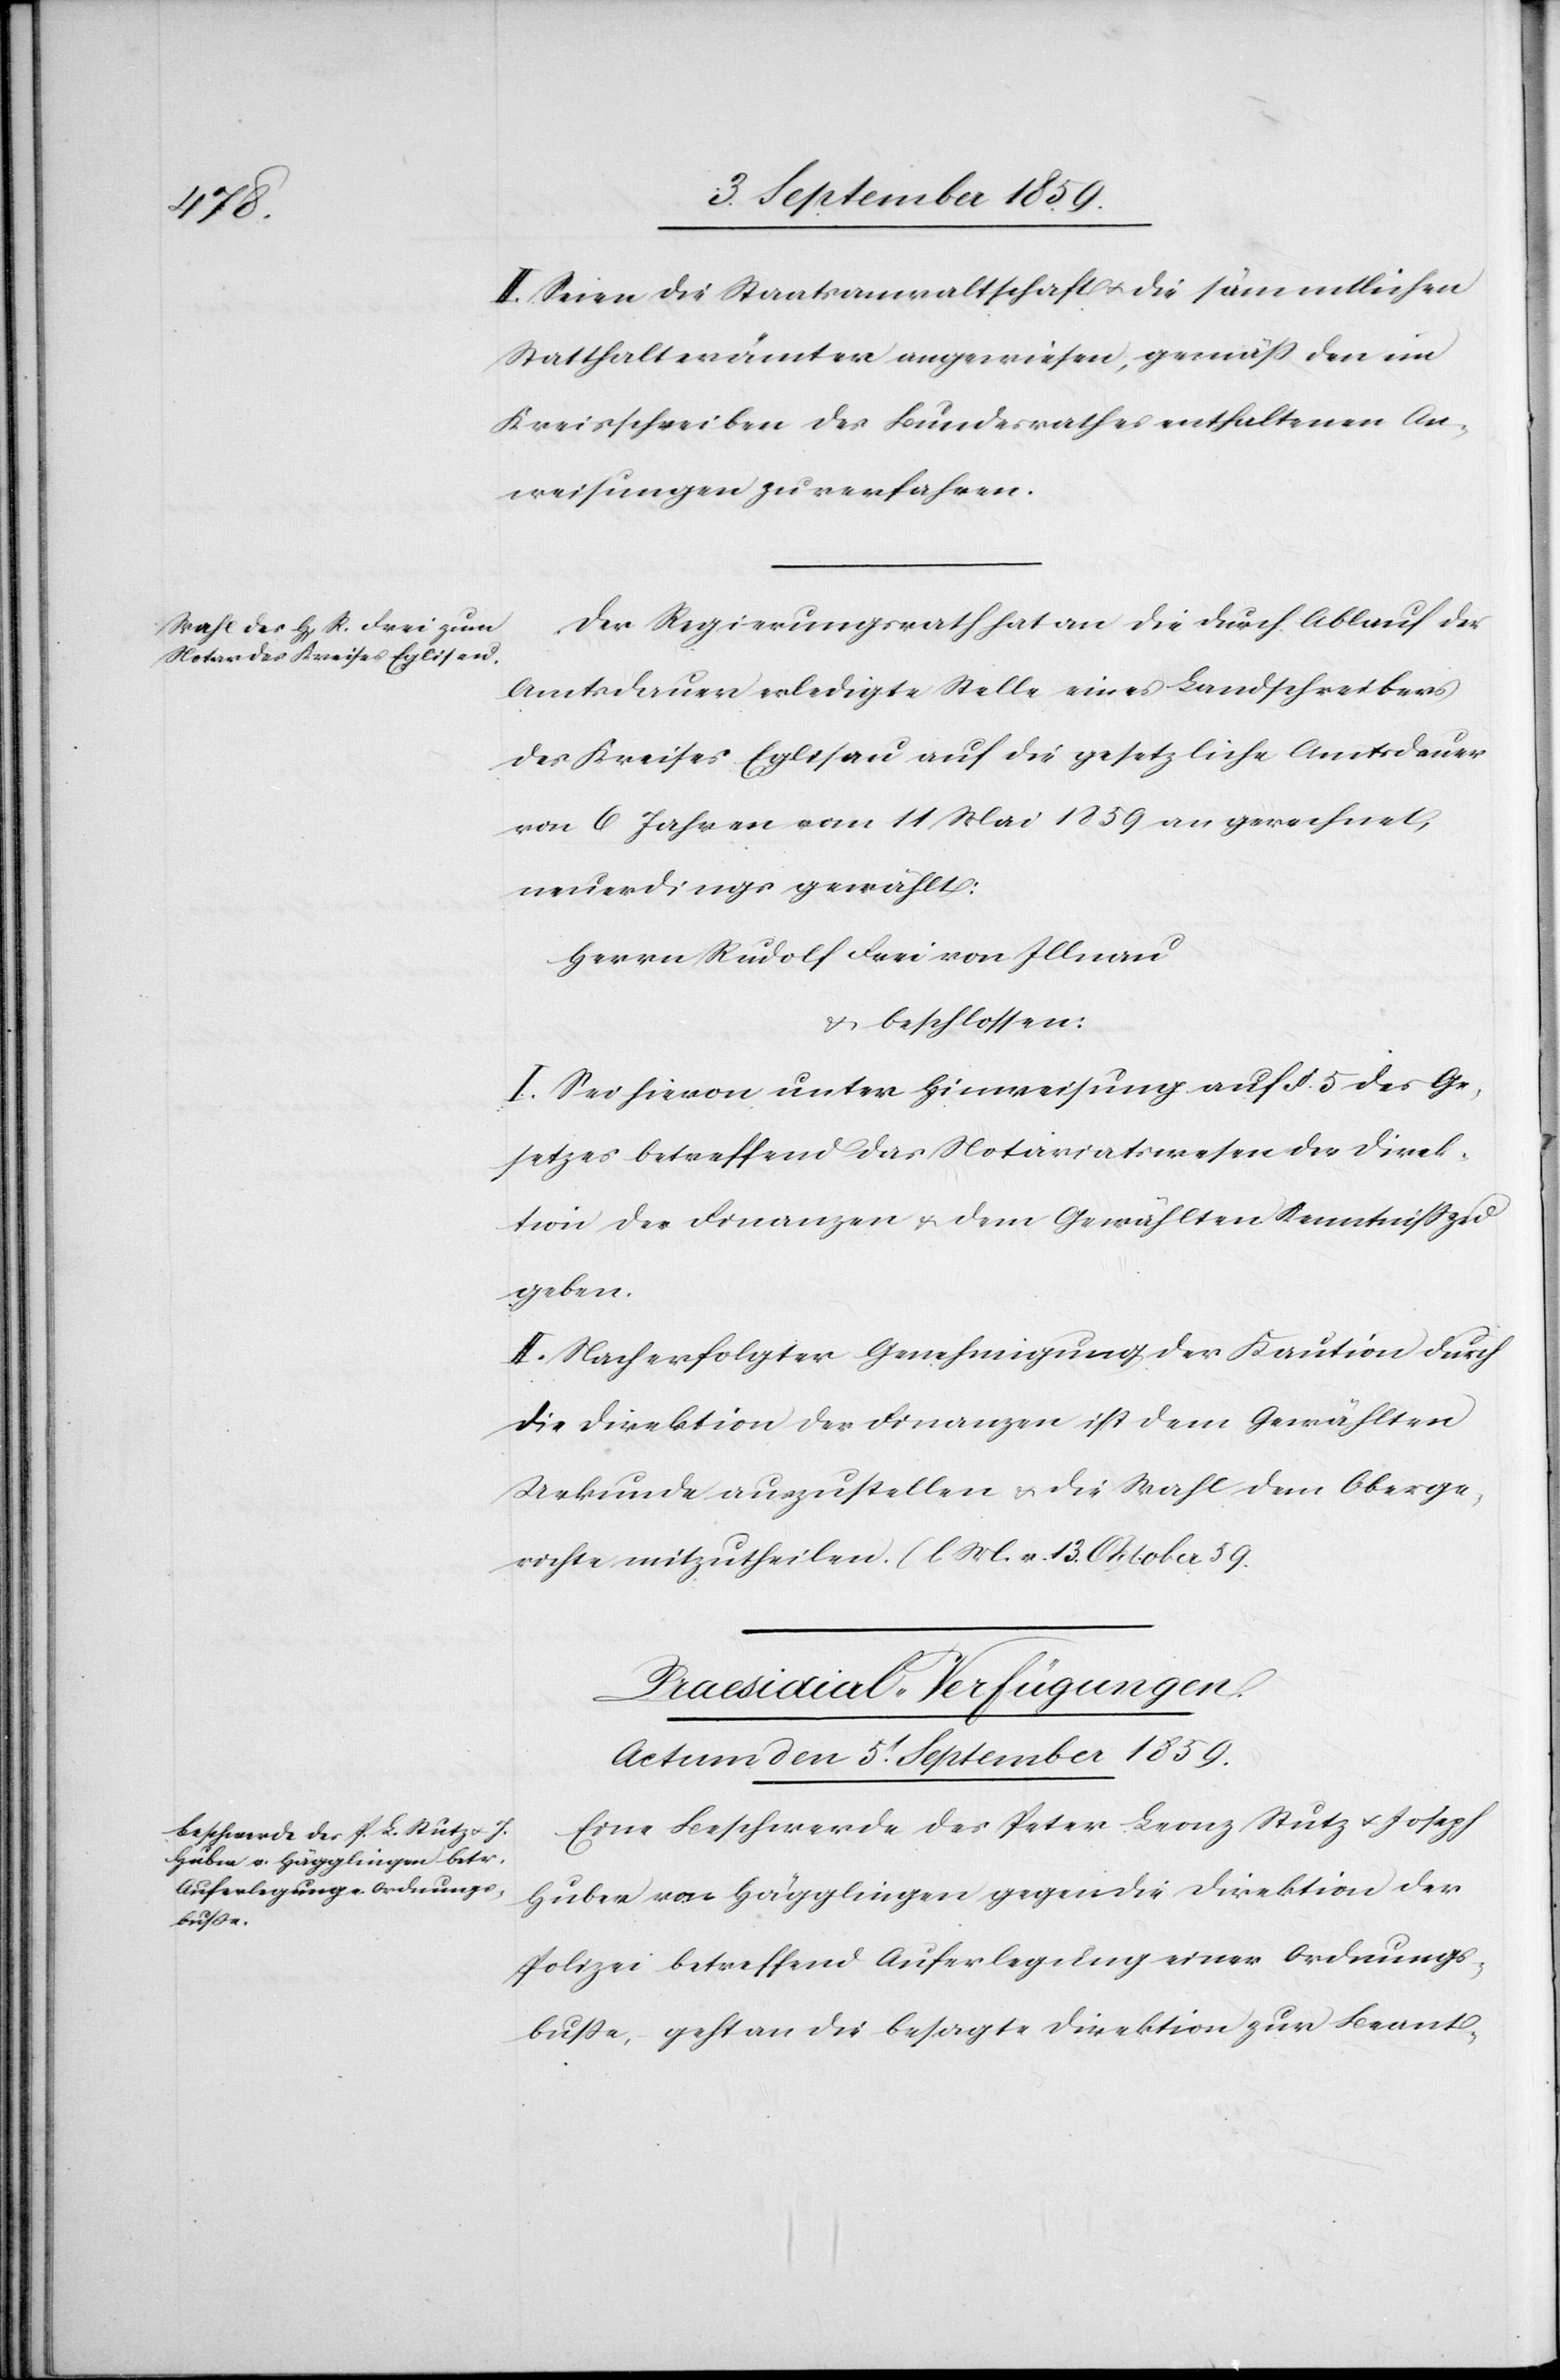
II. Seien die Staatsanwaltschaft & die sämmtlichen
Statthalterämter angewiesen, gemäß den im
Kreisschreiben des Bundesrathes enthaltenen An¬
weisungen zu verfahren.
Der Regierungsrath hat an die durch Ablauf der
Amtsdauer erledigte Stelle eines Landschreibers
des Kreises Eglisau auf die gesetzliche Amtsdauer
von 6 Jahren vom 11 Mai 1859 an gerechnet,
neuerdings gewählt:
Herrn Rudolf Frei von Illnau
& beschlossen:
I. Sei hievon unter Hinweisung auf § 5 des Ge¬
setzes betreffend das Notariatswesen der Direk¬
tion der Finanzen & dem Gewählten Kenntniß zu
geben.
II. Nach erfolgter Genehmigung der Kaution durch
die Direktion der Finanzen ist dem Gewählten
Urkunde auszustellen & die Wahl dem Oberge¬
richte mitzutheilen. (l. M. v. 13. Oktober
Praesidial-Verfügungen.
Actum den 5t. September 1859.
Eine Beschwerde des Peter Leonz Stutz & Joseph
Huber von Hägglingen gegen die Direktion der
Polizei betreffend Auferlegung einer Ordnungs¬
buße, geht an die besagte Direktion zur Beant-